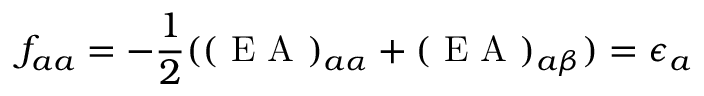
f _ { a a } = - \frac { 1 } { 2 } ( ( \mathrm { ~ E ~ A ~ } ) _ { a \alpha } + ( \mathrm { ~ E ~ A ~ } ) _ { a \beta } ) = \epsilon _ { a }